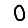
Digit: 0